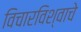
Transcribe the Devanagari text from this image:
विचारविश्वाचे